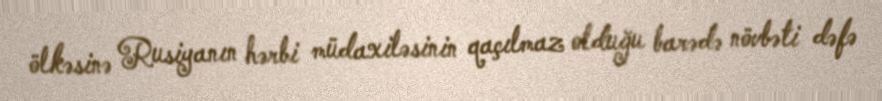
ölkəsinə Rusiyanın hərbi müdaxiləsinin qaçılmaz olduğu barədə növbəti dəfə